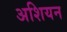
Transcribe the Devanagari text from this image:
अशियन